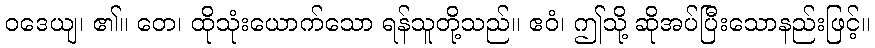
ဝဒေယျ၊ ၏။ တေ၊ ထိုသုံးယောက်သော ရန်သူတို့သည်။ ဧဝံ၊ ဤသို့ ဆိုအပ်ပြီးသောနည်းဖြင့်။